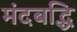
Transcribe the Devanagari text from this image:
मंदबद्धि